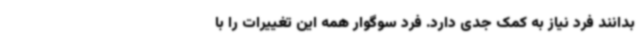
بدانند فرد نیاز به کمک جدی دارد. فرد سوگوار همه این تغییرات را با